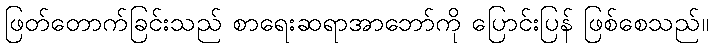
ဖြတ်တောက်ခြင်းသည် စာရေးဆရာအာဘော်ကို ပြောင်းပြန် ဖြစ်စေသည်။